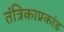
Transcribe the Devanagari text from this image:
तंत्रिकाप्रकांड